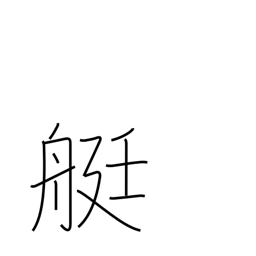
Meaning: rowboat